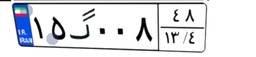
۱۵گ۰۰۸۴۸